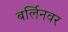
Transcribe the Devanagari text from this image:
बर्लिनवर